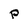
Character: p